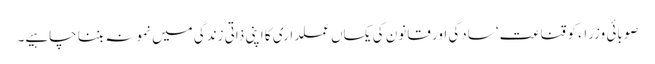
صوبائی وزراء کو قناعت‘ سادگی اور قانون کی یکساں عملداری کا اپنی ذاتی زندگی میں نمونہ بننا چاہیے۔